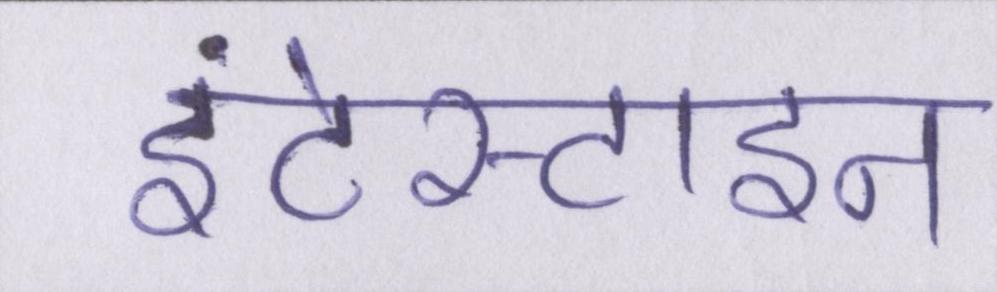
इंटेस्टाइन